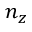
n _ { z }